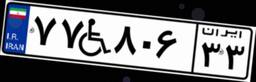
۷۷W۸۰۶۳۳